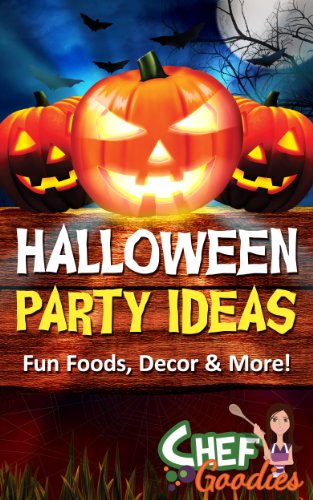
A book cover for Halloween Party Ideas; Chef Goodies; Cookbooks, Food & Wine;